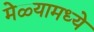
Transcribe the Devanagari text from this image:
मेळ्यामध्ये